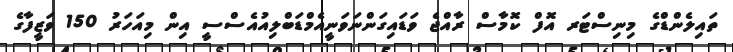
ތައިލެންޑްގެ މިނިސްޓަރ އޮފް ކޮމާސް ރާއްޖެ ވަޑައިގަންނަވަނީއެމްޑަބްލިއުއެސްސީ އިން މިއަހަރު 150 ވަޒީފާގެ